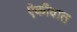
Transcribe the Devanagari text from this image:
ऐकीवात